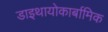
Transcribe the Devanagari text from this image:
डाइथायोकार्बामिक